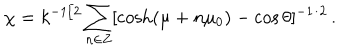
\chi = k ^ { - 1 / 2 } \sum _ { n \in Z } [ \cosh ( \mu + n \mu _ { 0 } ) - \cos \theta ] ^ { - 1 / 2 } \, .